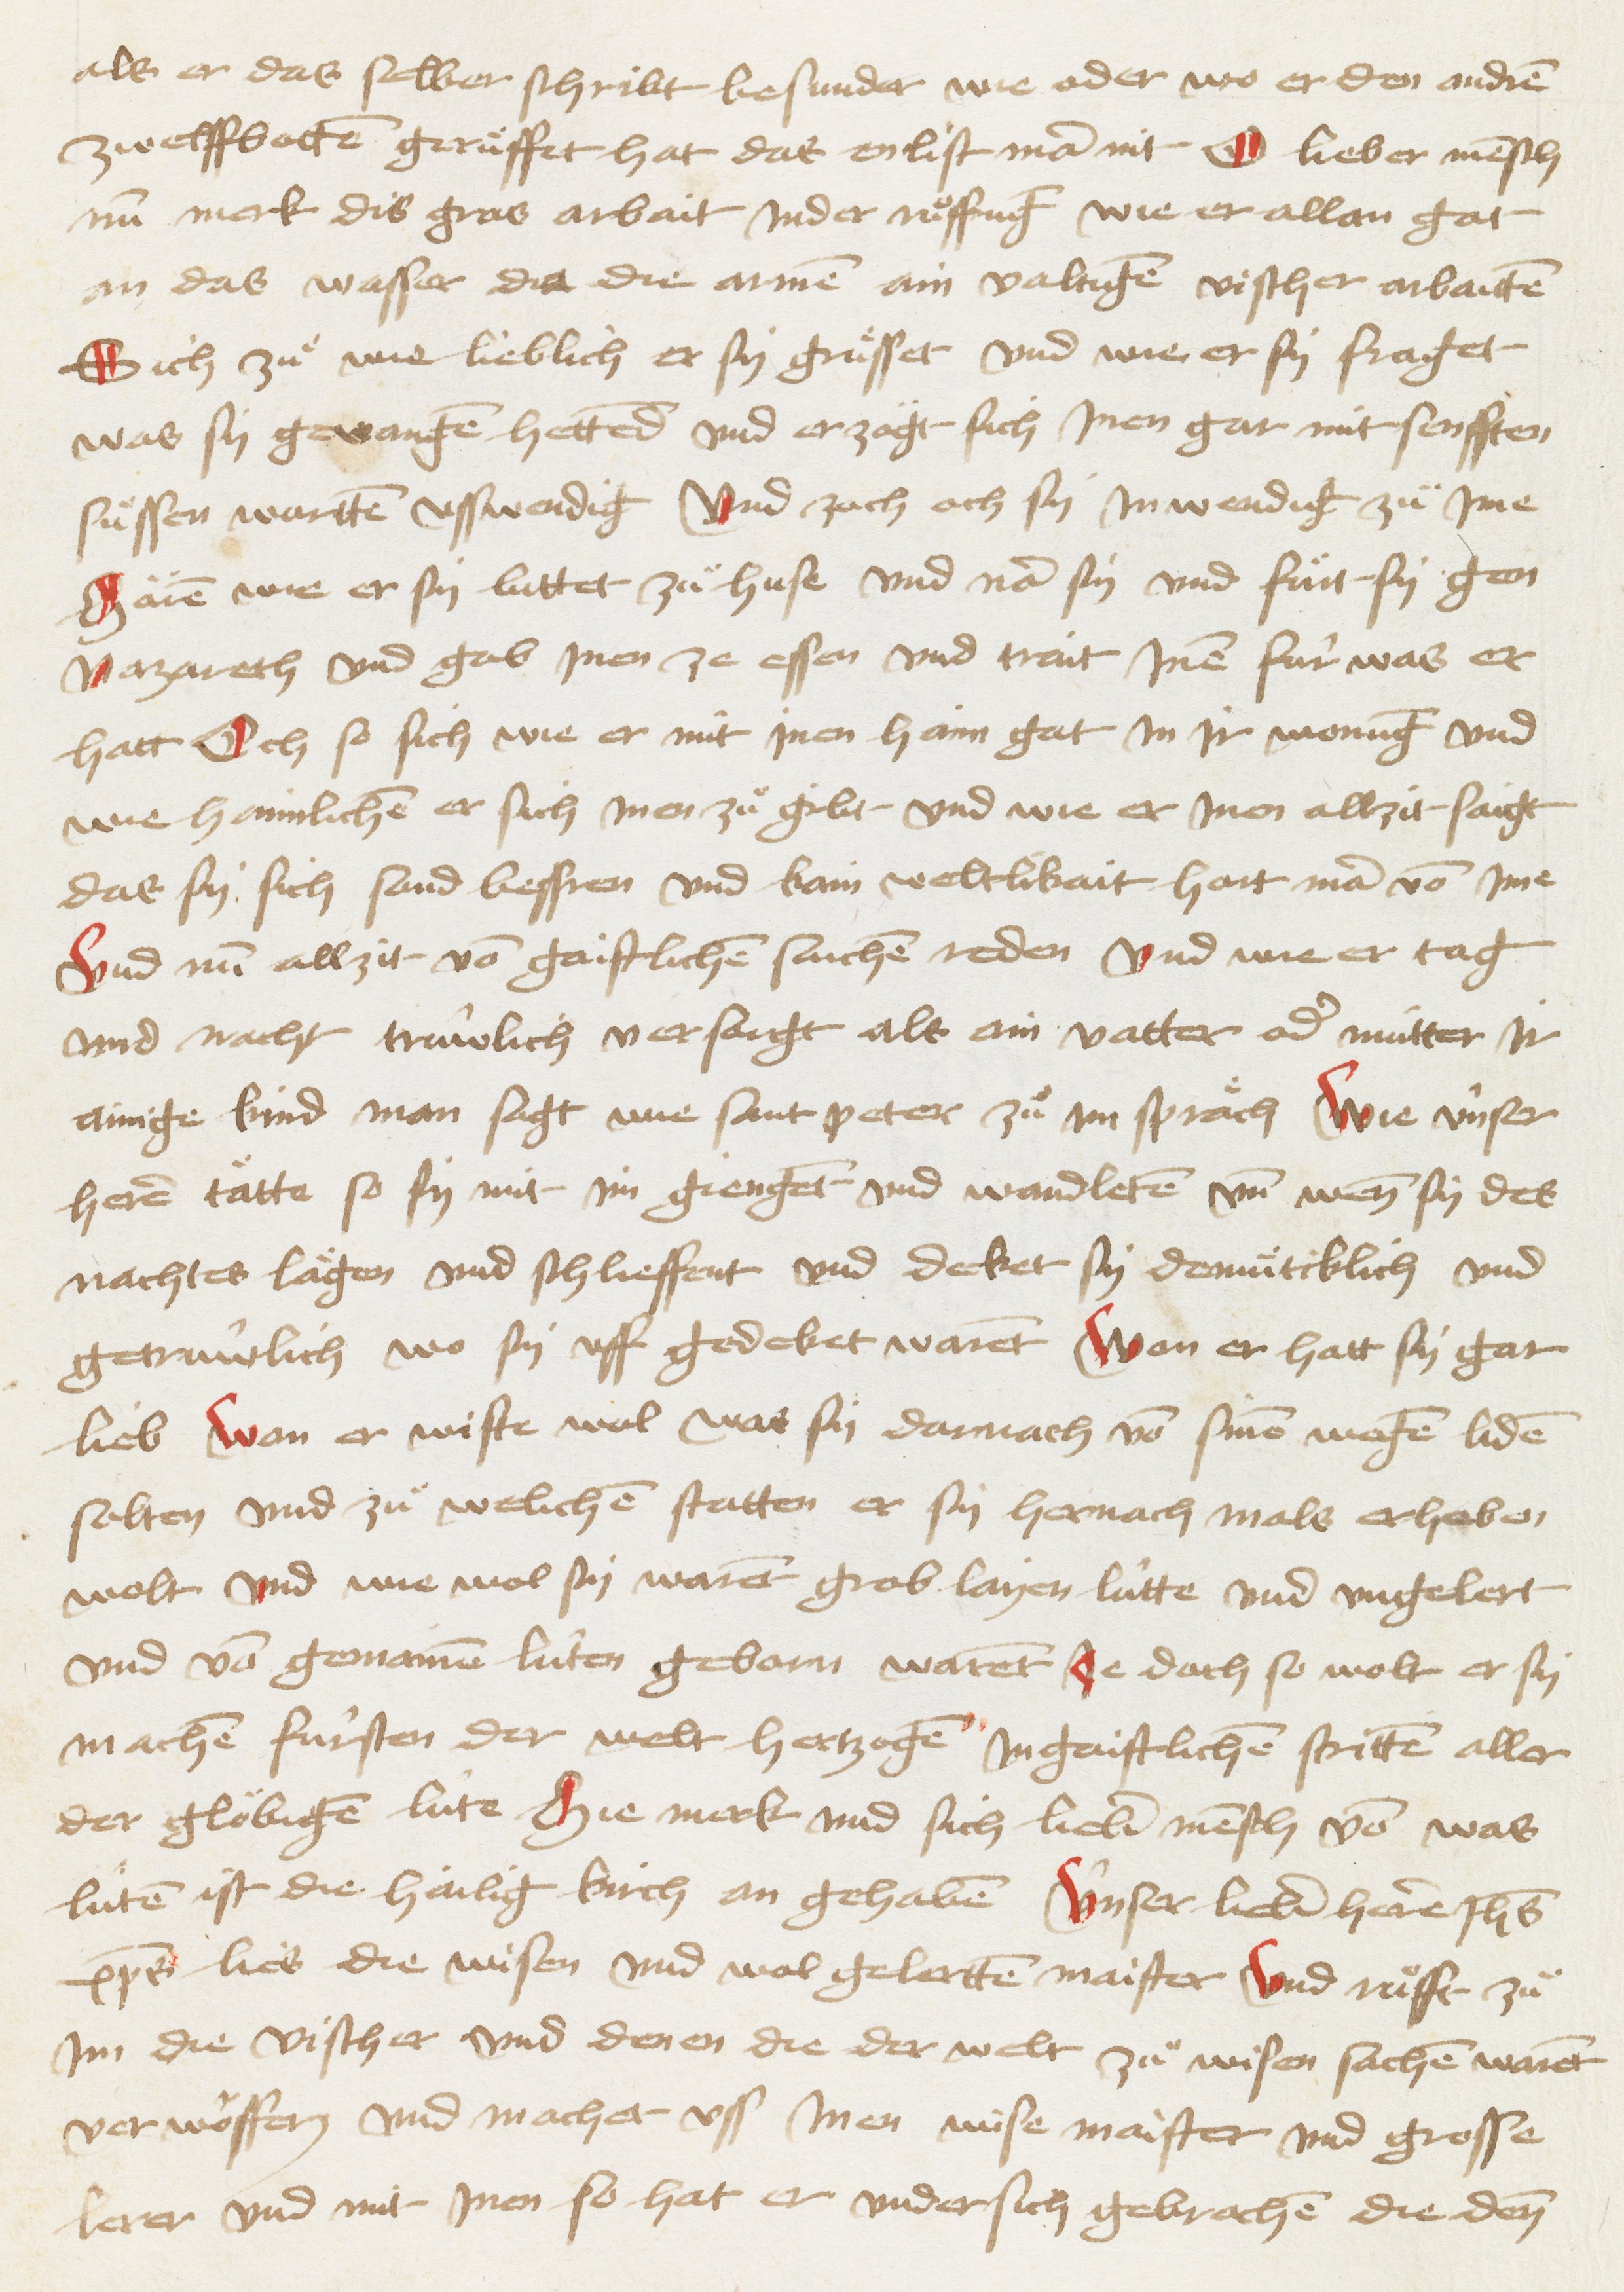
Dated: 1467–1467